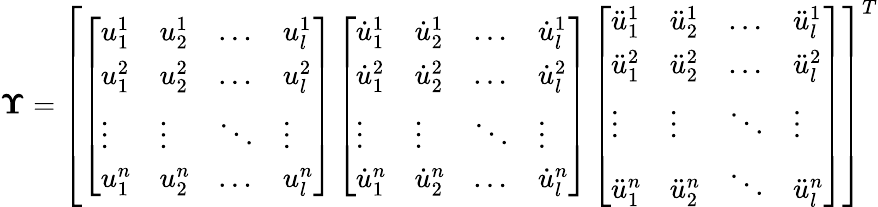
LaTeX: \boldsymbol{\Upsilon}=\left[\begin{array}{l}{\left[\begin{array}{llll}{u_{1}^{1}}&{u_{2}^{1}}&{\dots}&{u_{l}^{1}}\\ {u_{1}^{2}}&{u_{2}^{2}}&{\dots}&{u_{l}^{2}}\\ {\vdots}&{\vdots}&{\ddots}&{\vdots}\\ {u_{1}^{n}}&{u_{2}^{n}}&{\dots}&{u_{l}^{n}}\end{array}\right]\left[\begin{array}{llll}{\dot{u}_{1}^{1}}&{\dot{u}_{2}^{1}}&{\dots}&{\dot{u}_{l}^{1}}\\ {\dot{u}_{1}^{2}}&{\dot{u}_{2}^{2}}&{\dots}&{\dot{u}_{l}^{2}}\\ {\vdots}&{\vdots}&{\ddots}&{\vdots}\\ {\dot{u}_{1}^{n}}&{\dot{u}_{2}^{n}}&{\dots}&{\dot{u}_{l}^{n}}\end{array}\right]\left[\begin{array}{llll}{\ddot{u}_{1}^{1}}&{\ddot{u}_{2}^{1}}&{\dots}&{\ddot{u}_{l}^{1}}\\ {\ddot{u}_{1}^{2}}&{\ddot{u}_{2}^{2}}&{\dots}&{\ddot{u}_{l}^{2}}\\ {\vdots}&{\vdots}&{\ddots}&{\vdots}\\ {\ddot{u}_{1}^{n}}&{\ddot{u}_{2}^{n}}&{\ddots}&{\ddot{u}_{l}^{n}}\end{array}\right]}\end{array}\right]^{T}